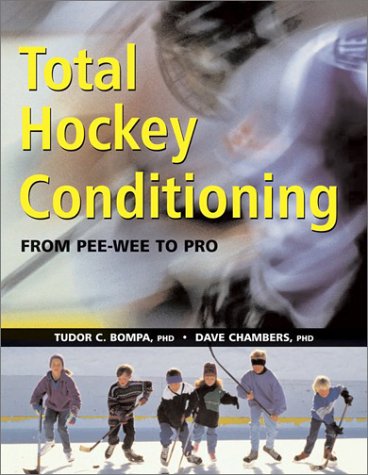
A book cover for Total Hockey Conditioning: From Pee Wee to Pro; Tudor Bompa; Sports & Outdoors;